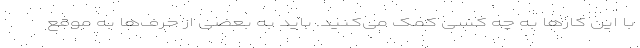
با این کارها به چه کسی کمک می‌کنید. باید به بعضی از حرف‌ها به موقع